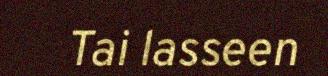
Tai lasseen